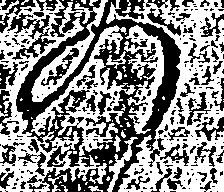
の